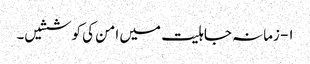
۱- زمانہ جاہلیت میں امن کی کوششیں۔